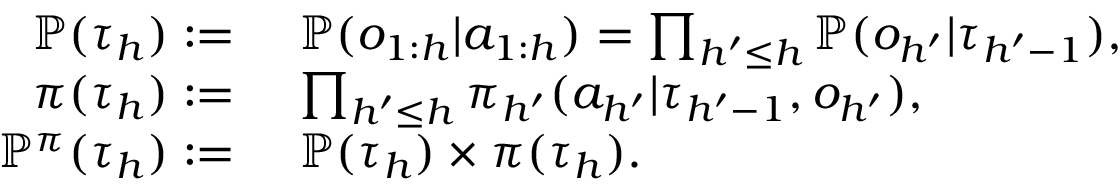
\begin{array} { r l } { \mathbb { P } ( \tau _ { h } ) \mathrel { \mathop : } = } & { ~ \mathbb { P } ( o _ { 1 : h } | a _ { 1 : h } ) = \prod _ { h ^ { \prime } \le h } \mathbb { P } ( o _ { h ^ { \prime } } | \tau _ { h ^ { \prime } - 1 } ) , } \\ { \pi ( \tau _ { h } ) \mathrel { \mathop : } = } & { ~ \prod _ { h ^ { \prime } \le h } \pi _ { h ^ { \prime } } ( a _ { h ^ { \prime } } | \tau _ { h ^ { \prime } - 1 } , o _ { h ^ { \prime } } ) , } \\ { \mathbb { P } ^ { \pi } ( \tau _ { h } ) \mathrel { \mathop : } = } & { ~ \mathbb { P } ( \tau _ { h } ) \times \pi ( \tau _ { h } ) . } \end{array}